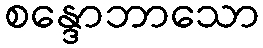
စန္ဒောဘာသော